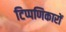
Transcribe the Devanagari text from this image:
टिप्पणिकारों